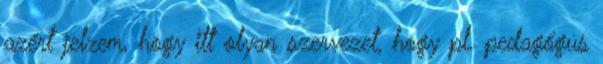
azért jelzem, hogy itt olyan szervezet, hogy pl. pedagógus